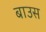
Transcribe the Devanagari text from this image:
बाउस